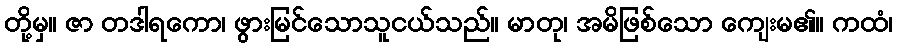
တို့မှ။ ဇာ တဒါရကော၊ ဖွားမြင်သောသူငယ်သည်။ မာတု၊ အမိဖြစ်သော ကျေးမ၏။ ကထံ၊